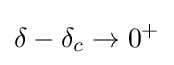
\delta -\delta _{c}\rightarrow 0^{+}